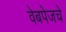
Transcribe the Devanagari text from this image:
वेबपेजचे